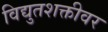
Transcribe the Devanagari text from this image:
विद्युतशक्तीवर